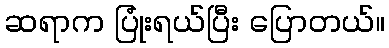
ဆရာက ပြုံးရယ်ပြီး ပြောတယ်။